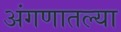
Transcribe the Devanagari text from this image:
अंगणातल्या